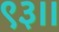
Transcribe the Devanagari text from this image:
९३।।